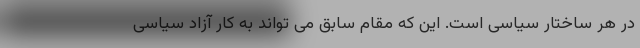
در هر ساختار سیاسی است. این که مقام سابق می تواند به کار آزاد سیاسی